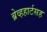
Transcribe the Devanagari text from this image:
ब्रेव्हहार्टसह